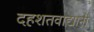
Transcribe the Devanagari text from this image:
दहशतवाद्यानी